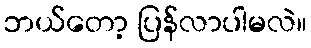
ဘယ်တော့ ပြန်လာပါမလဲ။